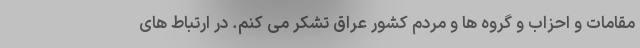
مقامات و احزاب و گروه ها و مردم کشور عراق تشکر می کنم. در ارتباط های